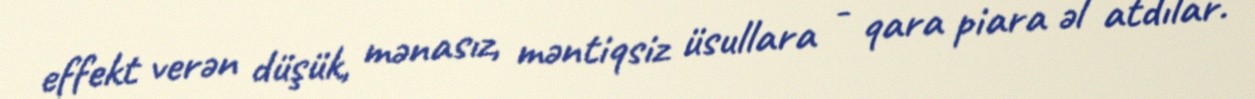
effekt verən düşük, mənasız, məntiqsiz üsullara - qara piara əl atdılar.